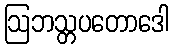
ဩဘသ္တပတောဒေါ